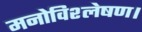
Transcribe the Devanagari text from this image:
मनोविश्लेषण।